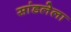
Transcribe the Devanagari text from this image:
सांडलेला